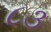
૮૩